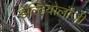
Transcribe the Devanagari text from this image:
डेल्टियोलॉजी